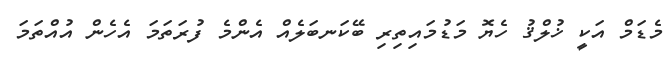
މެޑަމް އަކީ ޚުލްޤު ހެޔޮ މަޑުމައިތިރި ބޭކަނބަލެއް އެންމެ ފުރަތަމަ އެހެން އުއްތަމަ